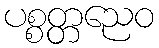
ပစ္စတ္တညေဝ